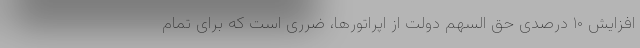
افزایش ۱۰ درصدی حق السهم دولت از اپراتورها، ضرری است که برای تمام